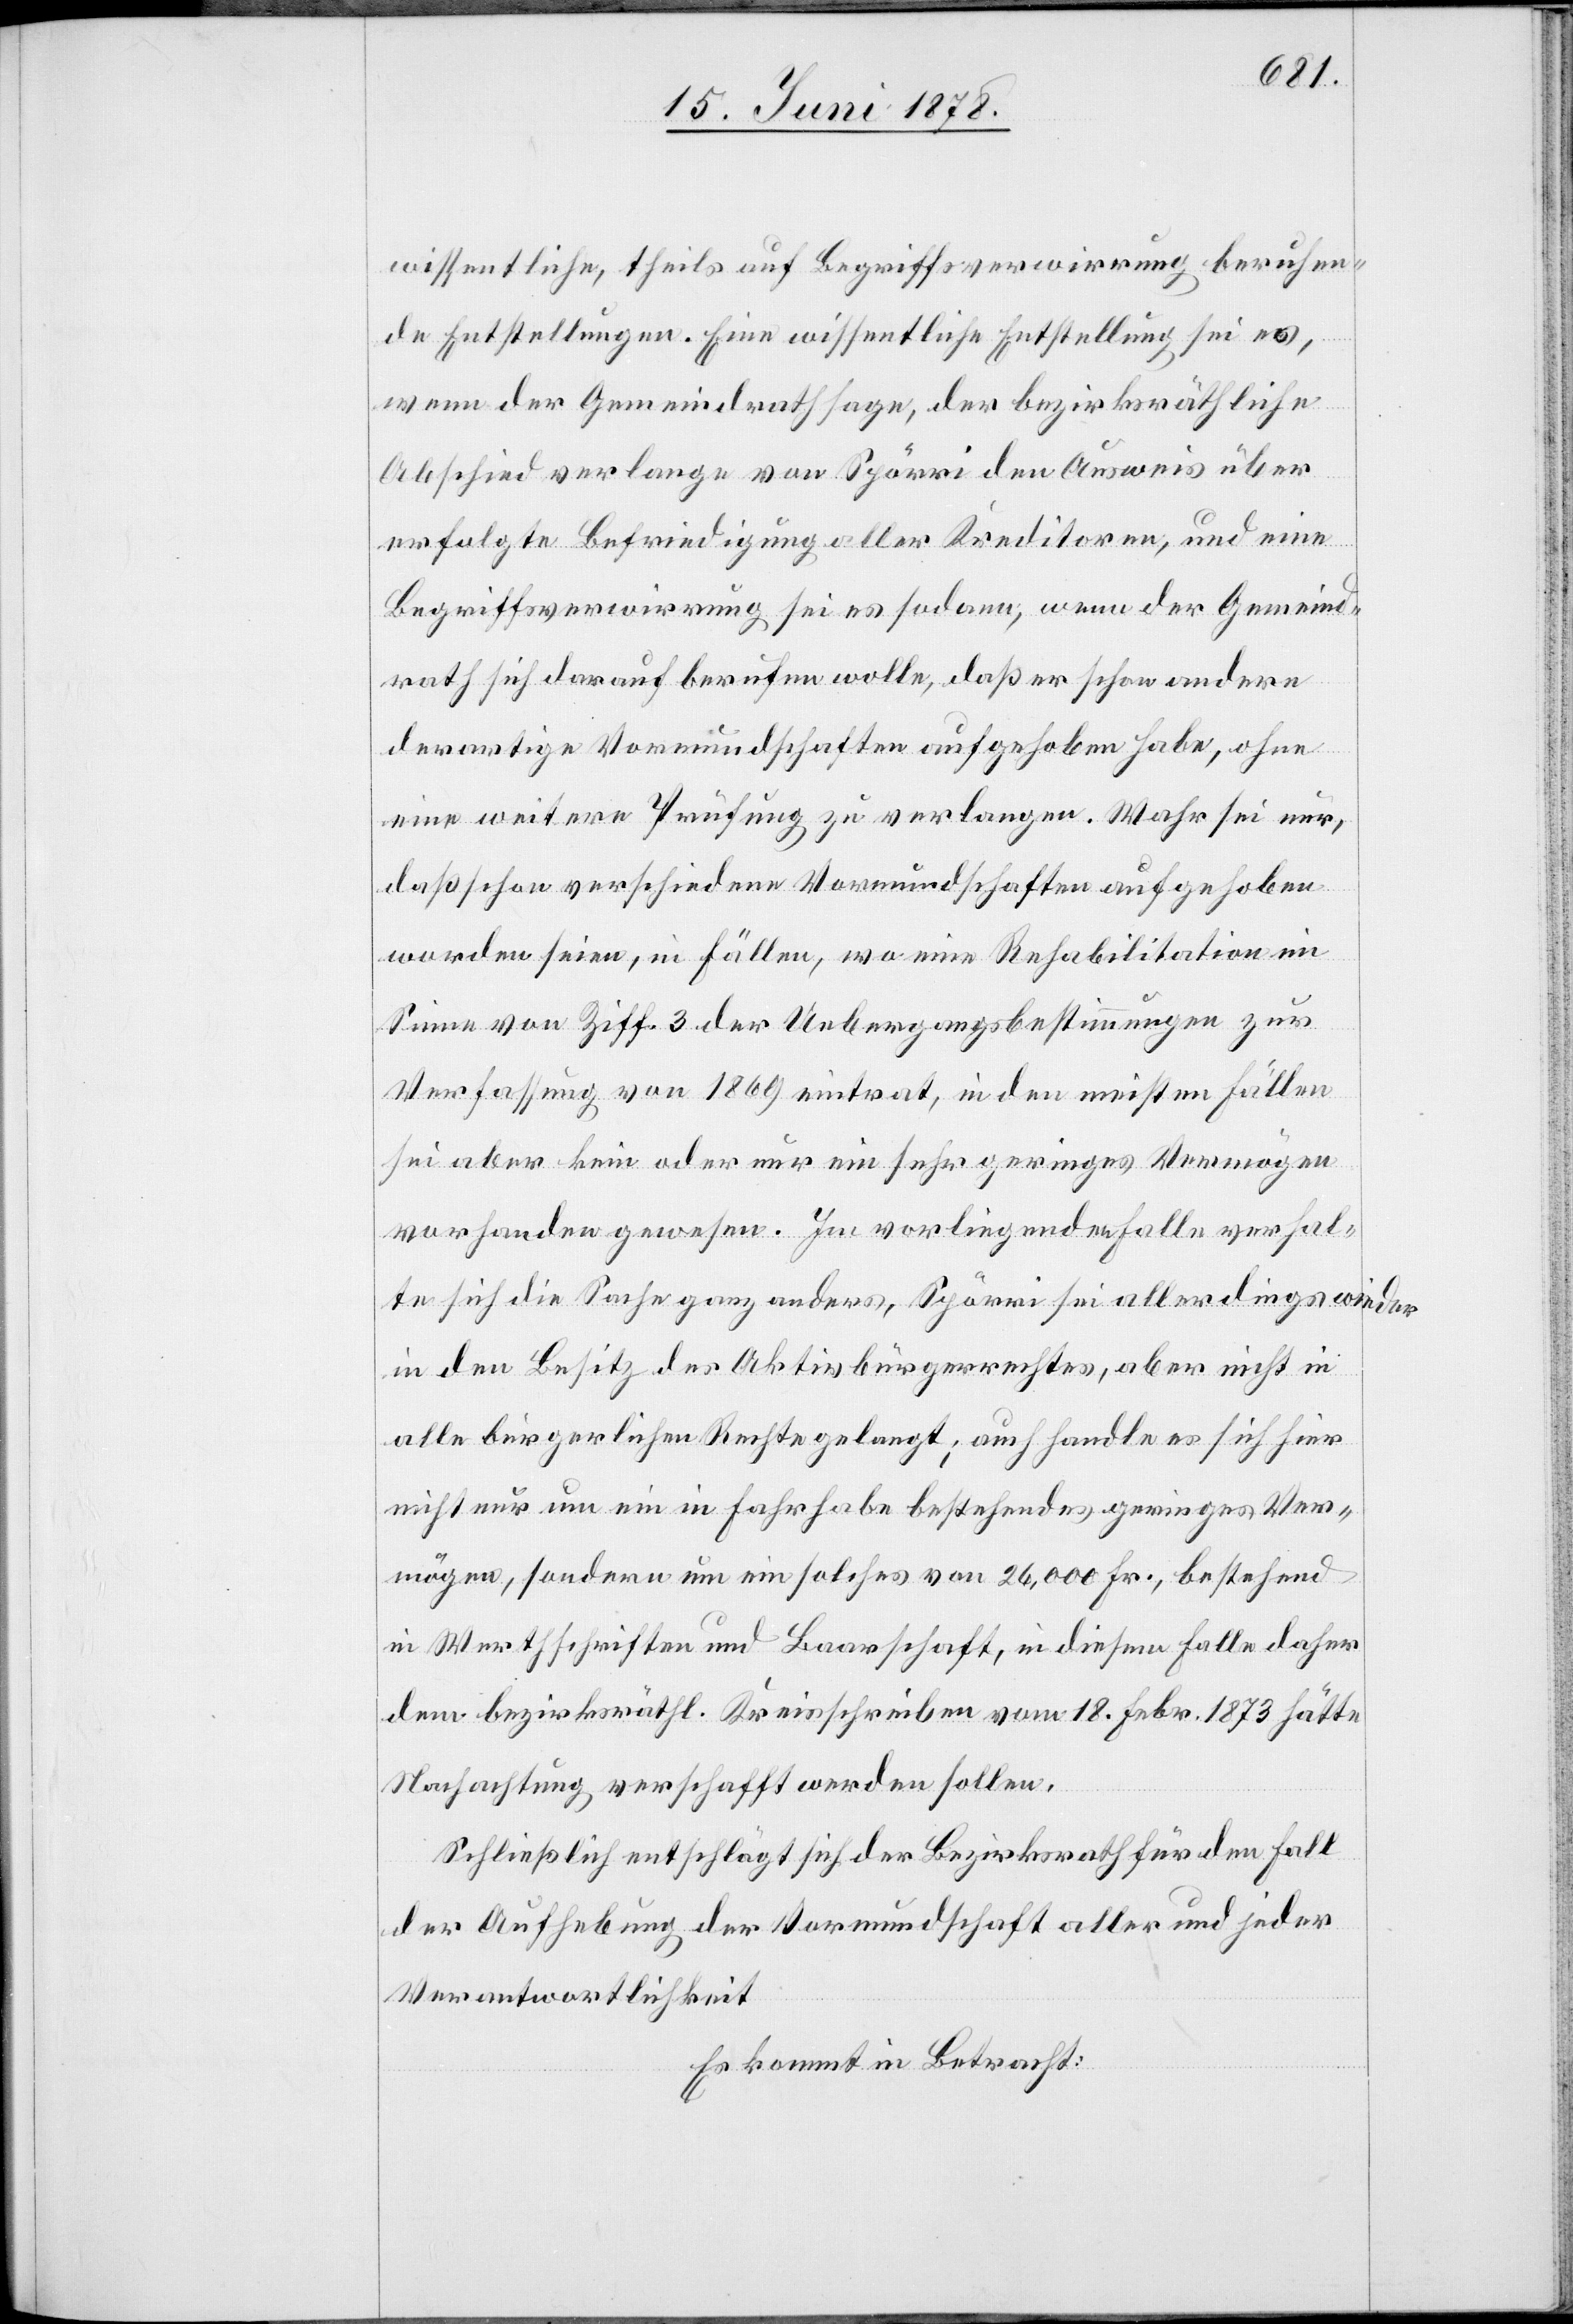
wissentliche, theils auf Begriffsverwirrung beruhen¬
de Entstellungen. Eine wissentliche Entstellung sei es,
wenn der Gemeindrath sage, der bezirksräthliche
Abschied verlange von Spörri den Ausweis über
erfolgte Befriedigung aller Kreditoren, und eine
Begriffsverwirrung sei es sodann, wenn der Gemeind¬
rath sich darauf berufen wolle, daß er schon andere
derartige Vormundschaften aufgehoben habe, ohne
eine weitere Prüfung zu verlangen. Wahr sei nur,
daß schon verschiedene Vormundschaften aufgehoben
worden seien, in Fällen, wo eine Rehabilitation im
Sinne von Ziff. 3 der Uebergangsbestimmungen zur
Verfassung von 1869 eintrat, in den meisten Fällen
sei aber kein oder nur ein sehr geringes Vermögen
vorhanden gewesen. Im vorliegenden Falle verhal¬
te sich die Sache ganz anders, Spörri sei allerdings wieder
in den Besitz des Aktivbürgerrechtes, aber nicht in
alle bürgerlichen Rechte gelangt; auch handle es sich hier
nicht nur um ein in Fahrhabe bestehendes geringes Ver¬
mögen, sondern um ein solches von 26,000 Fr., bestehend
in Werthschriften und Baarschaft, in diesem Falle daher
dem bezirksräthl. Kreisschreiben vom 18. Febr. 1873 hätte
Nachachtung verschafft werden sollen.
Schließlich entschlägt sich der Bezirksrath für den Fall
der Aufhebung der Vormundschaft aller und jeder
Verantwortlichkeit.
Es kommt in Betracht: